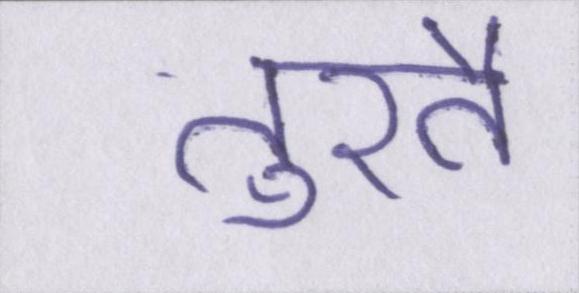
तुरतै